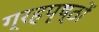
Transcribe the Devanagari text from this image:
ग्रहपृष्ठों